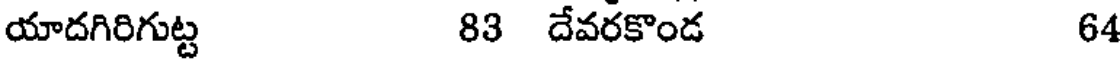
యాదగిరిగుట్ట 83 దేవరకొండ 64